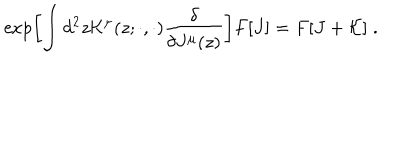
\exp \left[ \int d ^ { 2 } z { \cal K } ^ { \mu } ( z ; \cdot , \cdot ) \frac { \delta } { \delta J ^ { \mu } ( z ) } \right] F [ J ] = F [ J + { \cal K } ] \; .